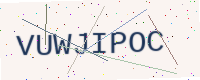
Text: VUWJIPOC